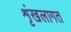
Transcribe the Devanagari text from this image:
शृंखलागत